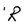
Character: R